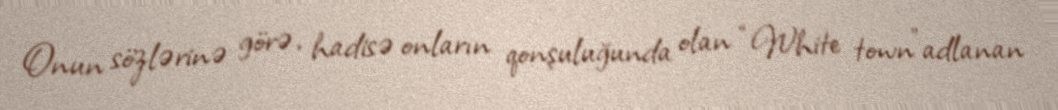
Onun sözlərinə görə, hadisə onların qonşuluğunda olan “White town”adlanan